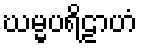
ဃမ္မပရိဠာဟံ